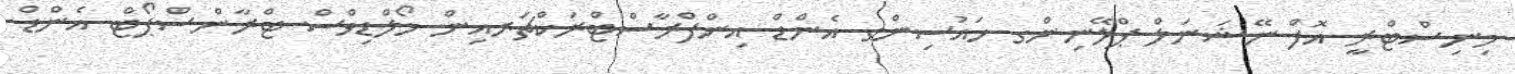
މިނިސްޓްރީ އޮފް ނޭޝަނަލް ޕްލޭނިންގ ހައުސިންގ އެންޑް އިންފްރާސްޓްރަކްޗަރއިން މޯލްޑިވްސް ޓްރާންސްޕޯޓް އެންޑް